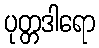
ပုတ္တဒါရော